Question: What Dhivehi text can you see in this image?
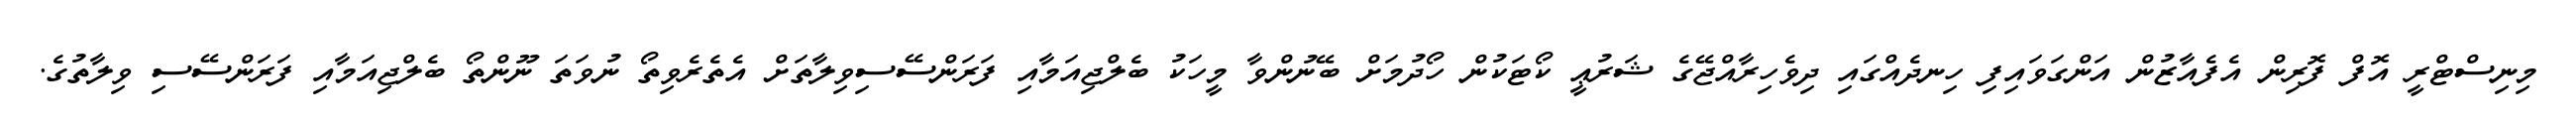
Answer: މިނިސްޓްރީ އޮފް ފޮރިން އެފެއާޒުން އަންގަވައިފި ހިނދެއްގައި ދިވެހިރާއްޖޭގެ ޝަރުޢީ ކޯޓަކުން ހޯދުމަށް ބޭނުންވާ މީހަކު ބެލްޖިއަމާއި ފަރަންސޭސިވިލާތަށް އެތެރެވިތޯ ނުވަތަ ނޫންތޯ ބެލްޖިއަމާއި ފަރަންސޭސި ވިލާތުގެ.